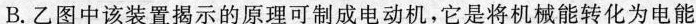
B.乙图中该装置揭示的原理可制成电动机，它是将机械能转化为电能